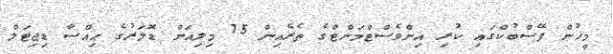
މީހުން ފޭސްބުކްގައި ކުރި އިންވެސްޓްމަންޓްގެ ތެރެއިން 75 މިލިއަން ޑޮލަރުގެ ޙިއްސާ ޑިޖިޓަލް